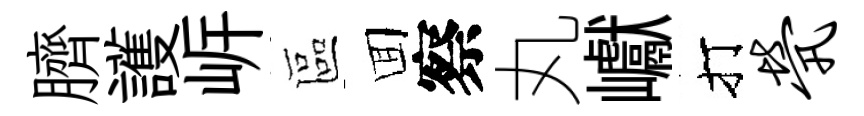
臍護㟁區囬察丸巘打茕